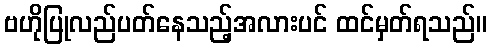
ဗဟိုပြုလည်ပတ်နေသည့်အလားပင် ထင်မှတ်ရသည်။